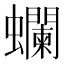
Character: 𧕗